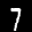
Label: 7